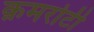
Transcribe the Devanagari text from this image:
क़मरोटी